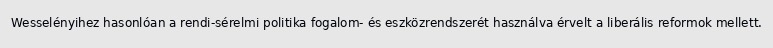
Wesselényihez hasonlóan a rendi-sérelmi politika fogalom- és eszközrendszerét használva érvelt a liberális reformok mellett.